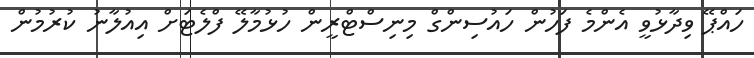
ހައްޕޭ ވިދާޅުވީ އެންމެ ފަހުން ހައުސިންގް މިނިސްޓްރީން ހުޅުމާލޭ ފްލެޓަށް އިއުލާނު ކުރުމުން